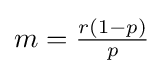
{\textstyle m={\frac {r(1-p)}{p}}}